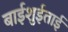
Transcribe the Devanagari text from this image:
बाईशुईताई